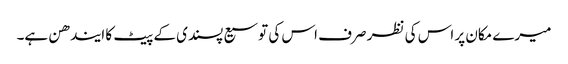
میرے مکان پر اس کی نظر صرف اس کی توسیع پسندی کے پیٹ کا ایندھن ہے۔